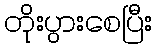
တိုးပွားစေပြီး